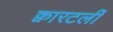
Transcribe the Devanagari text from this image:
क्वारटर्ली